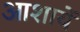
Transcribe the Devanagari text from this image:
आशायें